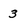
Character: 3